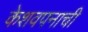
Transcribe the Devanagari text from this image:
केशवपनाची